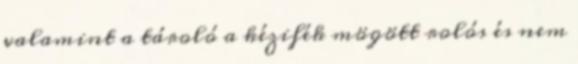
valamint a tároló a kézifék mögött rolós és nem